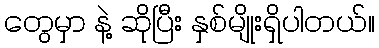
တွေမှာ နဲ့ ဆိုပြီး နှစ်မျိုးရှိပါတယ်။